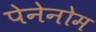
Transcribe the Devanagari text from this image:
पेनेनोम